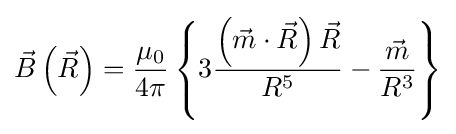
{\vec {B}}\left({\vec {R}}\right)={\frac {\mu _{0}}{4\pi }}\left\lbrace 3{\frac {\left({\vec {m}}\cdot {\vec {R}}\right){\vec {R}}}{R^{5}}}-{\frac {\vec {m}}{R^{3}}}\right\rbrace